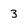
Character: 3